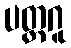
ပတ္ထဂူ